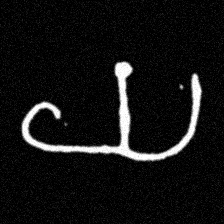
Pyu character \u2014 Myanmar letter: ယ (romanized: ya)